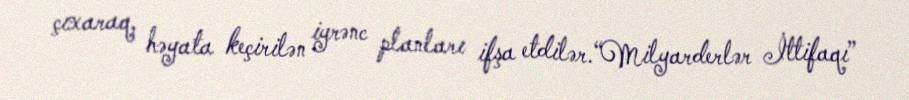
çıxaraq, həyata keçirilən iyrənc planları ifşa etdilər.“Milyarderlər İttifaqı”